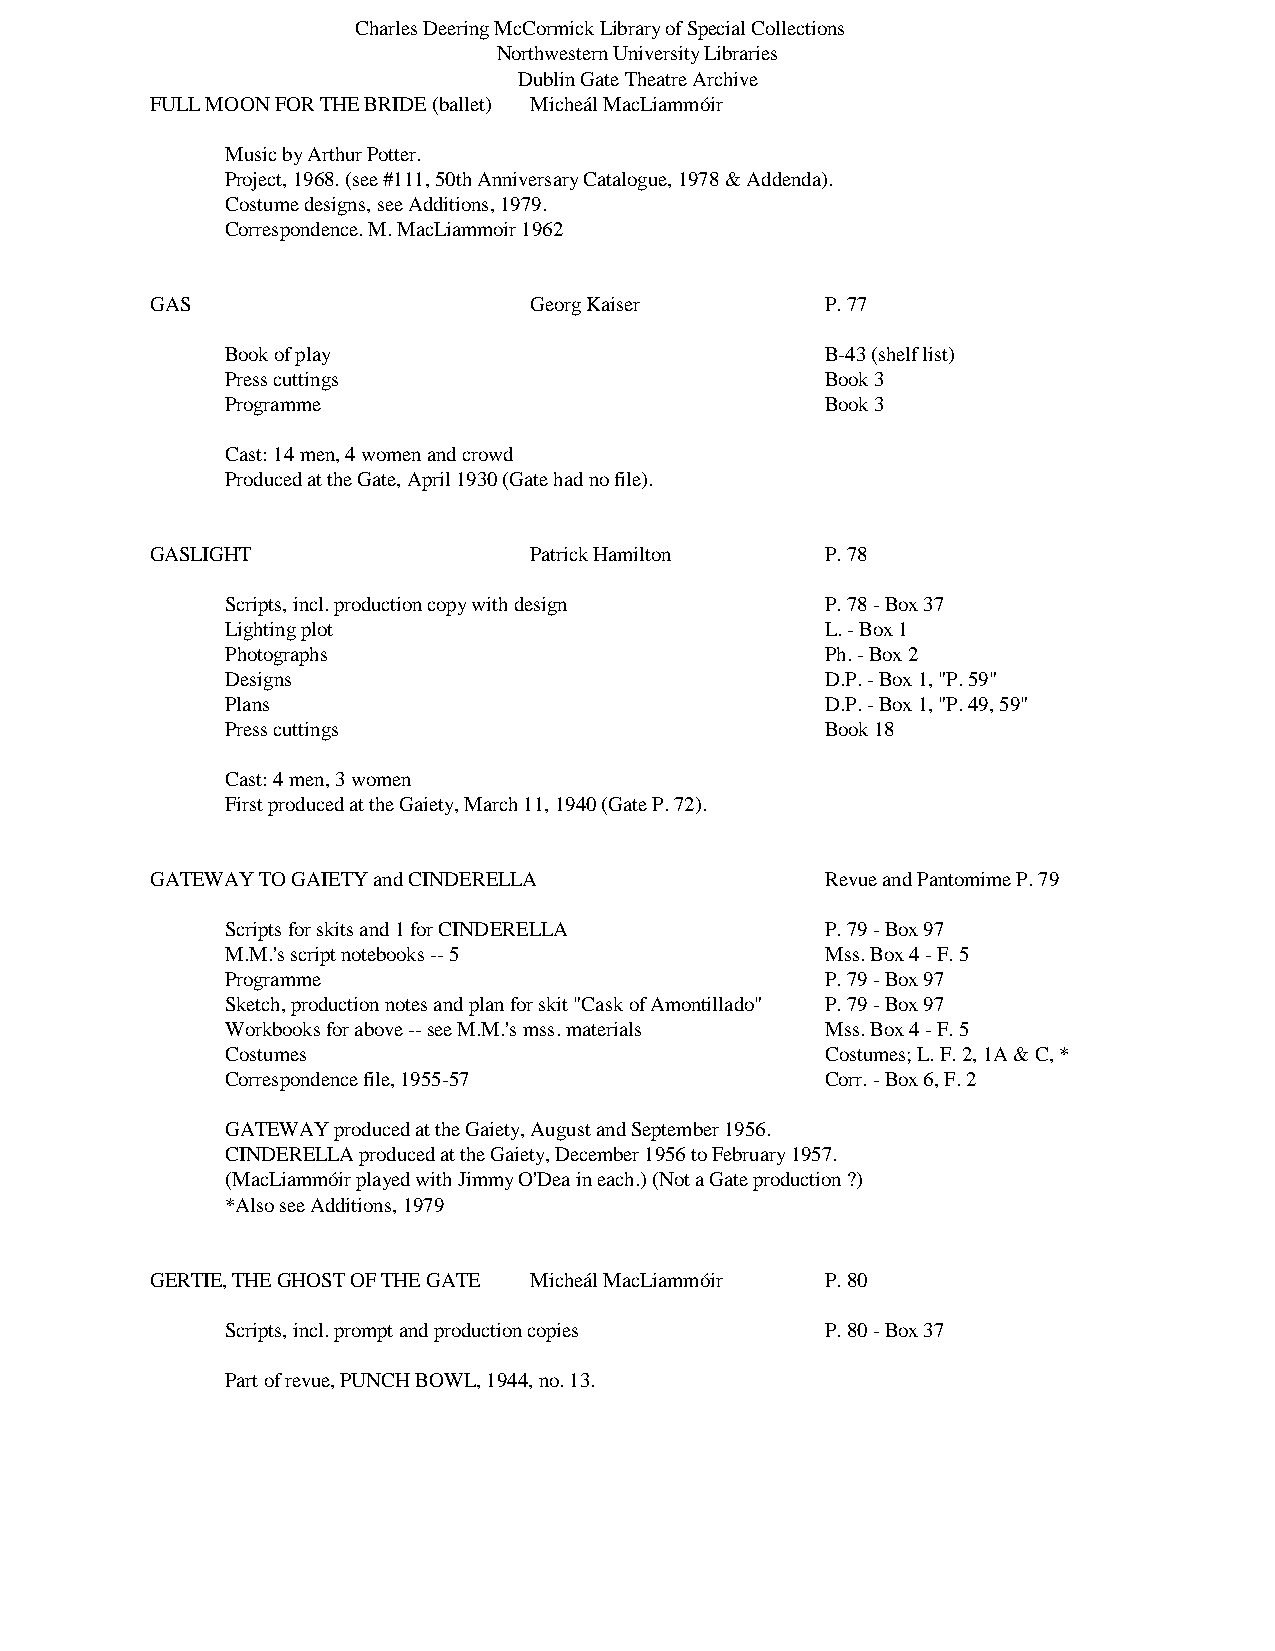
Charles Deering McCormick Library of Special Collections
 Northwestern University Libraries
 Dublin Gate Theatre Archive
 FULL MOON FOR THE BRIDE (ballet) Micheál MacLiammóir
 Music by Arthur Potter.
 Project, 1968. (see #111, 50th Anniversary Catalogue, 1978 & Addenda).
 Costume designs, see Additions, 1979.
 Correspondence. M. MacLiammoir 1962
 GAS                      Georg Kaiser        P. 77
 Book of play                            B-43 (shelf list)
 Press cuttings                          Book 3
 Programme                               Book 3
 Cast: 14 men, 4 women and crowd
 Produced at the Gate, April 1930 (Gate had no file).
 GASLIGHT                 Patrick Hamilton    P. 78
 Scripts, incl. production copy with design P. 78 - Box 37
 Lighting plot                           L. - Box 1
 Photographs                             Ph. - Box 2
 Designs                                 D.P. - Box 1, "P. 59"
 Plans                                   D.P. - Box 1, "P. 49, 59"
 Press cuttings                          Book 18
 Cast: 4 men, 3 women
 First produced at the Gaiety, March 11, 1940 (Gate P. 72).
 GATEWAY TO GAIETY and CINDERELLA             Revue and Pantomime P. 79
 Scripts for skits and 1 for CINDERELLA  P. 79 - Box 97
 M.M.'s script notebooks -- 5            Mss. Box 4 - F. 5
 Programme                               P. 79 - Box 97
 Sketch, production notes and plan for skit "Cask of Amontillado" P. 79 - Box 97
 Workbooks for above -- see M.M.'s mss. materials Mss. Box 4 - F. 5
 Costumes                                Costumes; L. F. 2, 1A & C, *
 Correspondence file, 1955-57            Corr. - Box 6, F. 2
 GATEWAY produced at the Gaiety, August and September 1956.
 CINDERELLA produced at the Gaiety, December 1956 to February 1957.
 (MacLiammóir played with Jimmy O'Dea in each.) (Not a Gate production ?)
 *Also see Additions, 1979
 GERTIE, THE GHOST OF THE GATE Micheál MacLiammóir P. 80
 Scripts, incl. prompt and production copies P. 80 - Box 37
 Part of revue, PUNCH BOWL, 1944, no. 13.